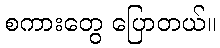
စကားတွေ ပြောတယ်။